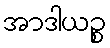
အာဒါယဉ္စ